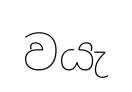
වයැ